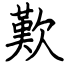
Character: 歎